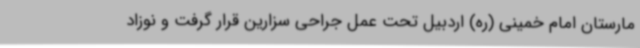
مارستان امام خمینی (ره) اردبیل تحت عمل جراحی سزارین قرار گرفت و نوزاد